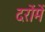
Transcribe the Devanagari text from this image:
दरोंमें